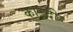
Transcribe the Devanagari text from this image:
काउदी